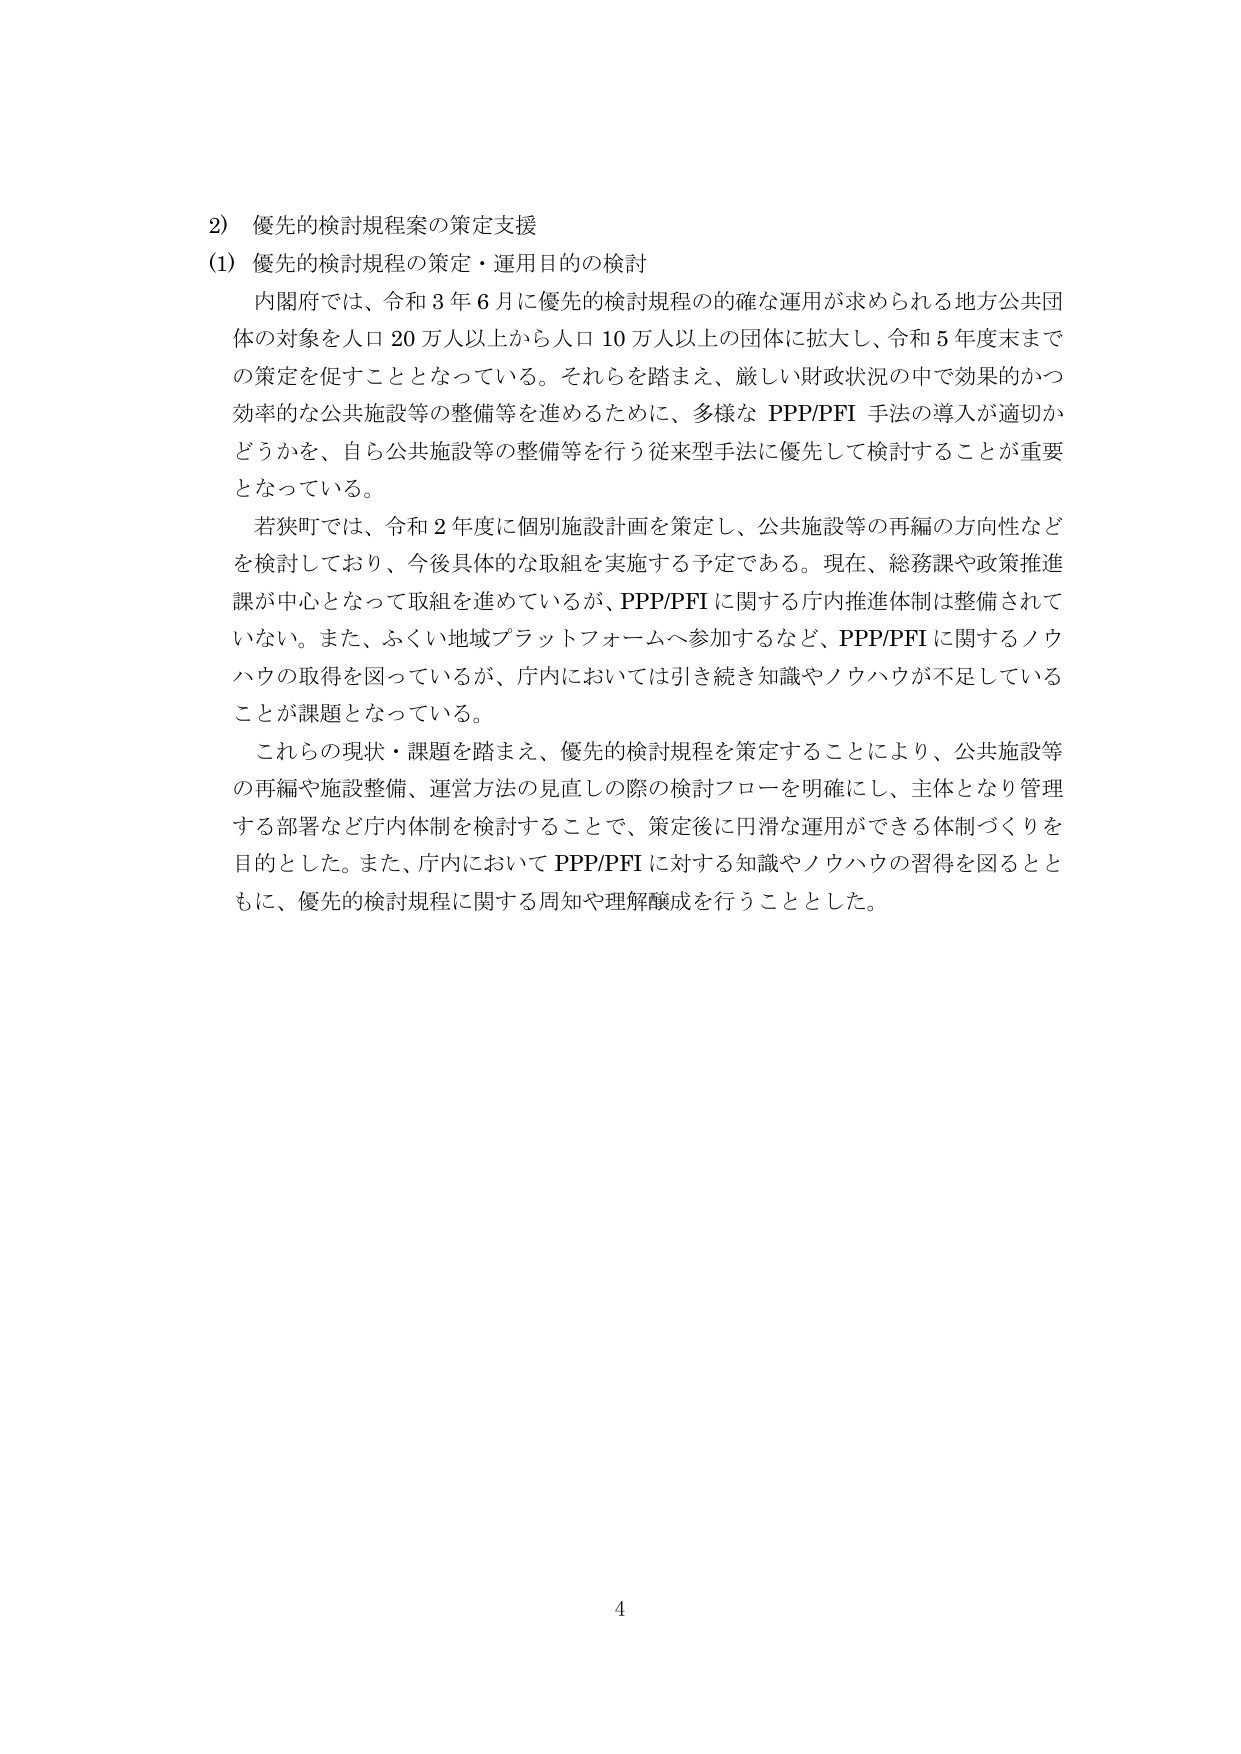
2) 優先的検討規程案の策定支援
(1) 優先的検討規程の策定・運用目的の検討

内閣府では、令和3年6月に優先的検討規程の的確な運用が求められる地方公共団体の対象を人口20万人以上から人口10万人以上の団体に拡大し、令和5年度末までの策定を促すこととなっている。それらを踏まえ、厳しい財政状況の中で効果的かつ効率的な公共施設等の整備等を進めるために、多様なPPP/PFI手法の導入が適切かどうかを、自ら公共施設等の整備等を行う従来型手法に優先して検討することが重要となっている。

若狭町では、令和2年度に個別施設計画を策定し、公共施設等の再編の方向性などを検討しており、今後具体的な取組を実施する予定である。現在、総務課や政策推進課が中心となって取組を進めているが、PPP/PFIに関する庁内推進体制は整備されていない。また、ふくい地域プラットフォームへ参加するなど、PPP/PFIに関するノウハウの取得を図っているが、庁内においては引き続き知識やノウハウが不足していることが課題となっている。

これらの現状・課題を踏まえ、優先的検討規程を策定することにより、公共施設等の再編や施設整備、運営方法の見直しの際の検討フローを明確にし、主体となり管理する部署など庁内体制を検討することで、策定後に円滑な運用ができる体制づくりを目的とした。また、庁内においてPPP/PFIに対する知識やノウハウの習得を図るとともに、優先的検討規程に関する周知や理解醸成を行うこととした。

4